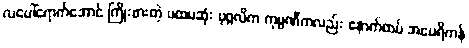
လပေါ်ရောက်အောင် ကြိုးစားတဲ့ ပထမဆုံး ပုဂ္ဂလိက ကုမ္ပဏီကလည်း နောက်ထပ် အမေရိကန်